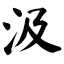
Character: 汲